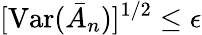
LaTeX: [\mathrm{Var}(\bar{A}_{n})]^{1/2}\leq\epsilon